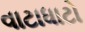
વાટાધાટો